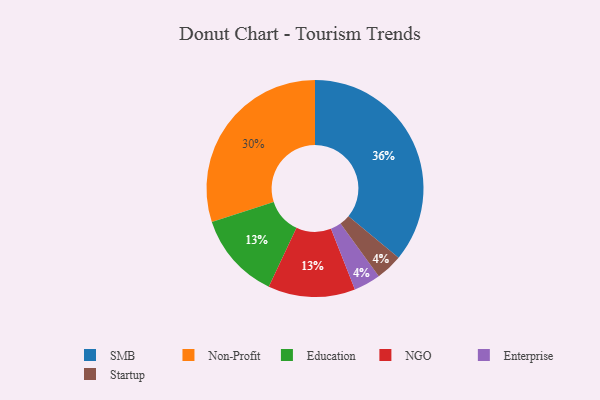
{"axis": {"x": "Category", "y": "Percentage"}, "legend": ["Education", "Enterprise", "NGO", "Non-Profit", "SMB", "Startup"], "data": [{"x": "Enterprise", "y": 4, "type": "Enterprise"}, {"x": "Education", "y": 13, "type": "Education"}, {"x": "Non-Profit", "y": 30, "type": "Non-Profit"}, {"x": "NGO", "y": 13, "type": "NGO"}, {"x": "Startup", "y": 4, "type": "Startup"}, {"x": "SMB", "y": 36, "type": "SMB"}]}